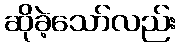
ဆိုခဲ့သော်လည်း